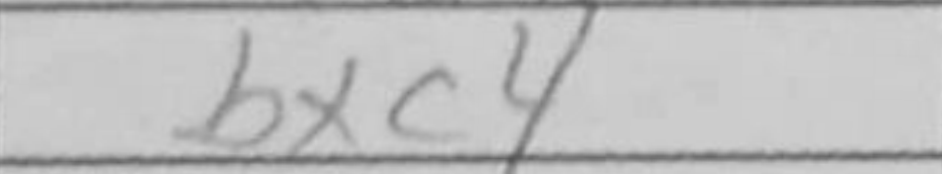
Transcription: bxc4